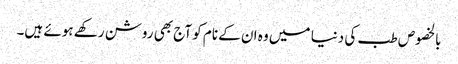
بالخصوص طب کی دنیا میں وہ ان کے نام کو آج بھی روشن رکھے ہوئے ہیں۔